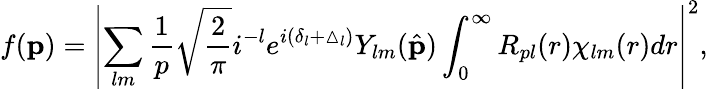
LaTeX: f({\mathbf{p}})=\left|\sum_{lm}\frac{1}{p}\sqrt{\frac{2}{\pi}}i^{-l}e^{i(\delta_{l}+\vartriangle_{l})}Y_{lm}(\hat{\mathbf{p}})\int_{0}^{\infty}R_{pl}(r)\chi_{lm}(r)dr\right|^{2},